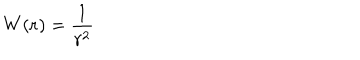
W ( { \bf r } ) = \frac { 1 } { r ^ { 2 } } \;